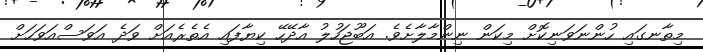
މިތާނގައި ހުންނަވަނިކޮށް މިކަން ނިންމާލާށެވެ. އަބޫޖަހުލު އާދޭހޭ ކިޔާފައި އެތެރެއަށް ވަދެ އަވަސްއަވަހަށް